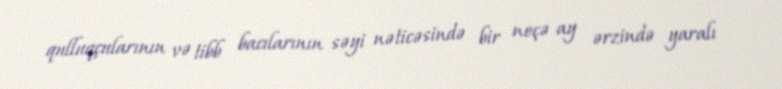
qulluqçularının və tibb bacılarının səyi nəticəsində bir neçə ay ərzində yaralı